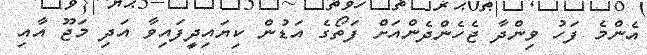
އެންމެ ފަހު ވިންދާ ޖެހެންދެންއަށް ފަތޯގެ އަޑުން ކިޔައިދީފައިވާ އަދި މަޖޫ އާއި